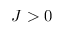
J > 0